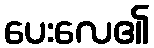
ပေးလေ၏